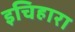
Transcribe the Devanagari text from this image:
इचिहारा